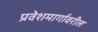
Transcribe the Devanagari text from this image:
प्रवेशमार्गावरील